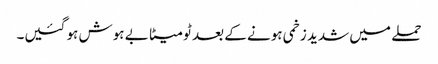
حملے میں شدید زخمی ہونے کے بعد ٹومیٹا بے ہوش ہو گئیں۔